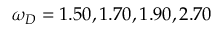
\omega _ { D } = 1 . 5 0 , 1 . 7 0 , 1 . 9 0 , 2 . 7 0